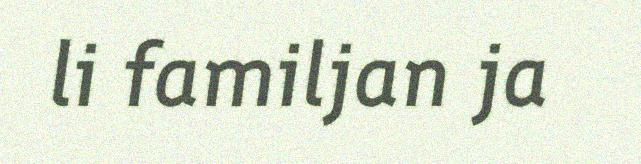
li familjan ja